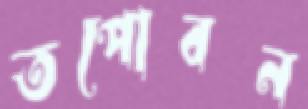
তপোবন